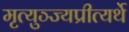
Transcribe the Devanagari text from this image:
मृत्युञ्ज्यप्रीत्यर्थे